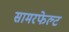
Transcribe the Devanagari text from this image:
सामरफेल्ट